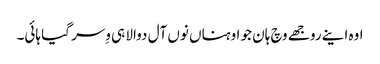
اوہ اینے روجھے وچ ہان جو اوہناں نوں آل دوالا ہی وِسر گیا ہائی۔